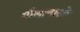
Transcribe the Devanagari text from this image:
मौलानाओ